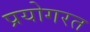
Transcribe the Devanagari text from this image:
प्रयोगरत